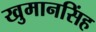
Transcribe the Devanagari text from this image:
खुमानसिंह